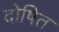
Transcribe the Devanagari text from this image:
दोषित